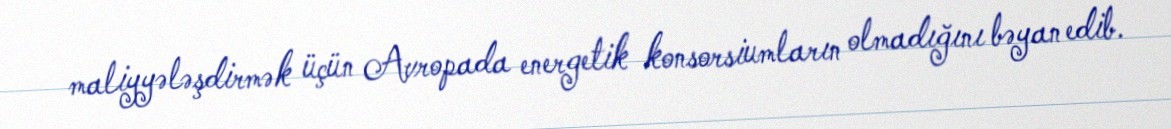
maliyyələşdirmək üçün Avropada energetik konsorsiumların olmadığını bəyan edib.